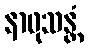
နာဖုသန္တံ